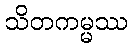
သိတကမ္မဿ